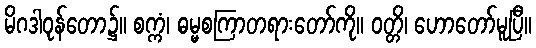
မိဂဒါဝုန်တော၌။ စက္ကံ၊ ဓမ္မစကြာတရားတော်ကို။ ဝတ္တိ၊ ဟောတော်မူပြီ။